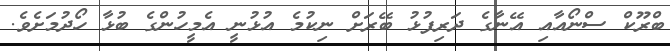
ބްރޫކް ސްނޯއާއި އޭނާގެ ދަރިފުޅު ބޭރަށް ނިކުމެ އުޅުނީ އެމީހުންގެ ބުޅާ ހޯދުމަށެވެ.